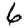
Digit: 6